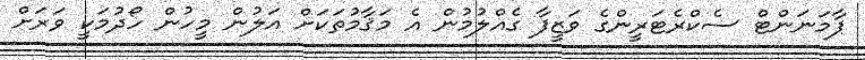
ޕާމަނަންޓް ސެކްރެޓަރީންގެ ވަޒީފާ ގެއްލުމުން އެ މަޤާމުތަކަށް އަލުން މީހުން ހޯދުމަކީ ވަރަށް